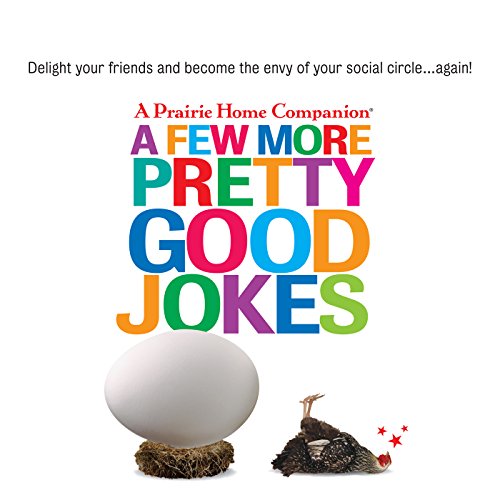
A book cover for A Few More Pretty Good Jokes; Garrison Keillor; Humor & Entertainment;